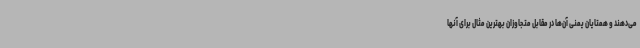
می‌دهند و همتایان یمنی آن‌ها در مقابل متجاوزان بهترین مثال برای آنها